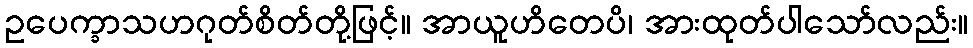
ဥပေက္ခာသဟဂုတ်စိတ်တို့ဖြင့်။ အာယူဟိတေပိ၊ အားထုတ်ပါသော်လည်း။